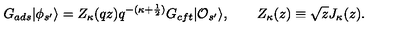
G _ { a d s } | \phi _ { s ^ { \prime } } \rangle = Z _ { \kappa } ( q z ) q ^ { - ( \kappa + \frac { 1 } { 2 } ) } G _ { c f t } | { \cal O } _ { s ^ { \prime } } \rangle , \qquad Z _ { \kappa } ( z ) \equiv \sqrt { z } J _ { \kappa } ( z ) .